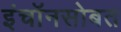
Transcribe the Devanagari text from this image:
इंचॉनसोबत